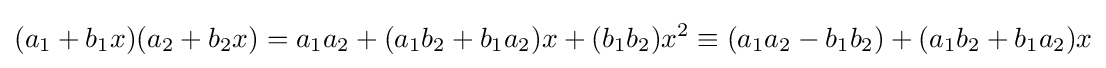
(a_{1}+b_{1}x)(a_{2}+b_{2}x)=a_{1}a_{2}+(a_{1}b_{2}+b_{1}a_{2})x+(b_{1}b_{2})x^{2}\equiv (a_{1}a_{2}-b_{1}b_{2})+(a_{1}b_{2}+b_{1}a_{2})x